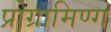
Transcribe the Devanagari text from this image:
प्रोग्रामिण्ग